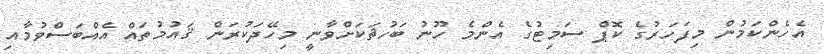
އެހެންކަމުން މިފަހަރުގެ ކޮޕް ސަމިޓުގެ އެންމެ ހޫނު ބަހުޘަކަށްވާނީ މިހޭދަކުރަން ޤައުމުތައް އެއްބަސްވުމާއި